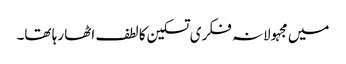
میں مجہولانہ فکری تسکین کا لطف اٹھا رہا تھا۔